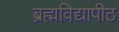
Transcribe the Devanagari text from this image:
ब्रह्मविद्यापीठ